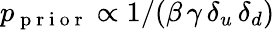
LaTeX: p_{\mathrm{~p~r~i~o~r~}}\propto 1/(\beta\, \gamma\, \delta_{u}\, \delta_{d})